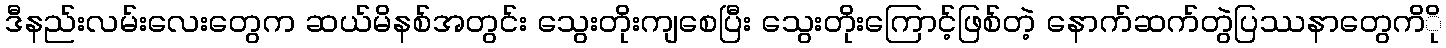
ဒီနည်းလမ်းလေးတွေက ဆယ်မိနစ်အတွင်း သွေးတိုးကျစေပြီး သွေးတိုးကြောင့်ဖြစ်တဲ့ နောက်ဆက်တွဲပြဿနာတွေကိို